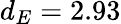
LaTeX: d_{E}=2.93